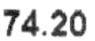
74.20